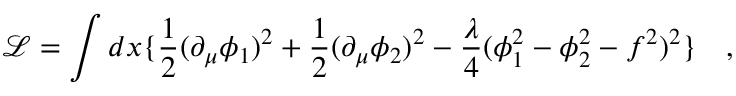
\mathcal { L } = \int d x \{ \frac { 1 } { 2 } ( \partial _ { \mu } \phi _ { 1 } ) ^ { 2 } + \frac { 1 } { 2 } ( \partial _ { \mu } \phi _ { 2 } ) ^ { 2 } - \frac { \lambda } { 4 } ( \phi _ { 1 } ^ { 2 } - \phi _ { 2 } ^ { 2 } - f ^ { 2 } ) ^ { 2 } \} \quad ,